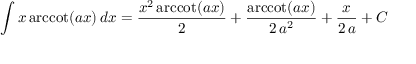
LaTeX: \int x \operatorname { a r c c o t } ( a x ) \, d x = { \frac { x ^ { 2 } \operatorname { a r c c o t } ( a x ) } { 2 } } + { \frac { \operatorname { a r c c o t } ( a x ) } { 2 \, a ^ { 2 } } } + { \frac { x } { 2 \, a } } + C